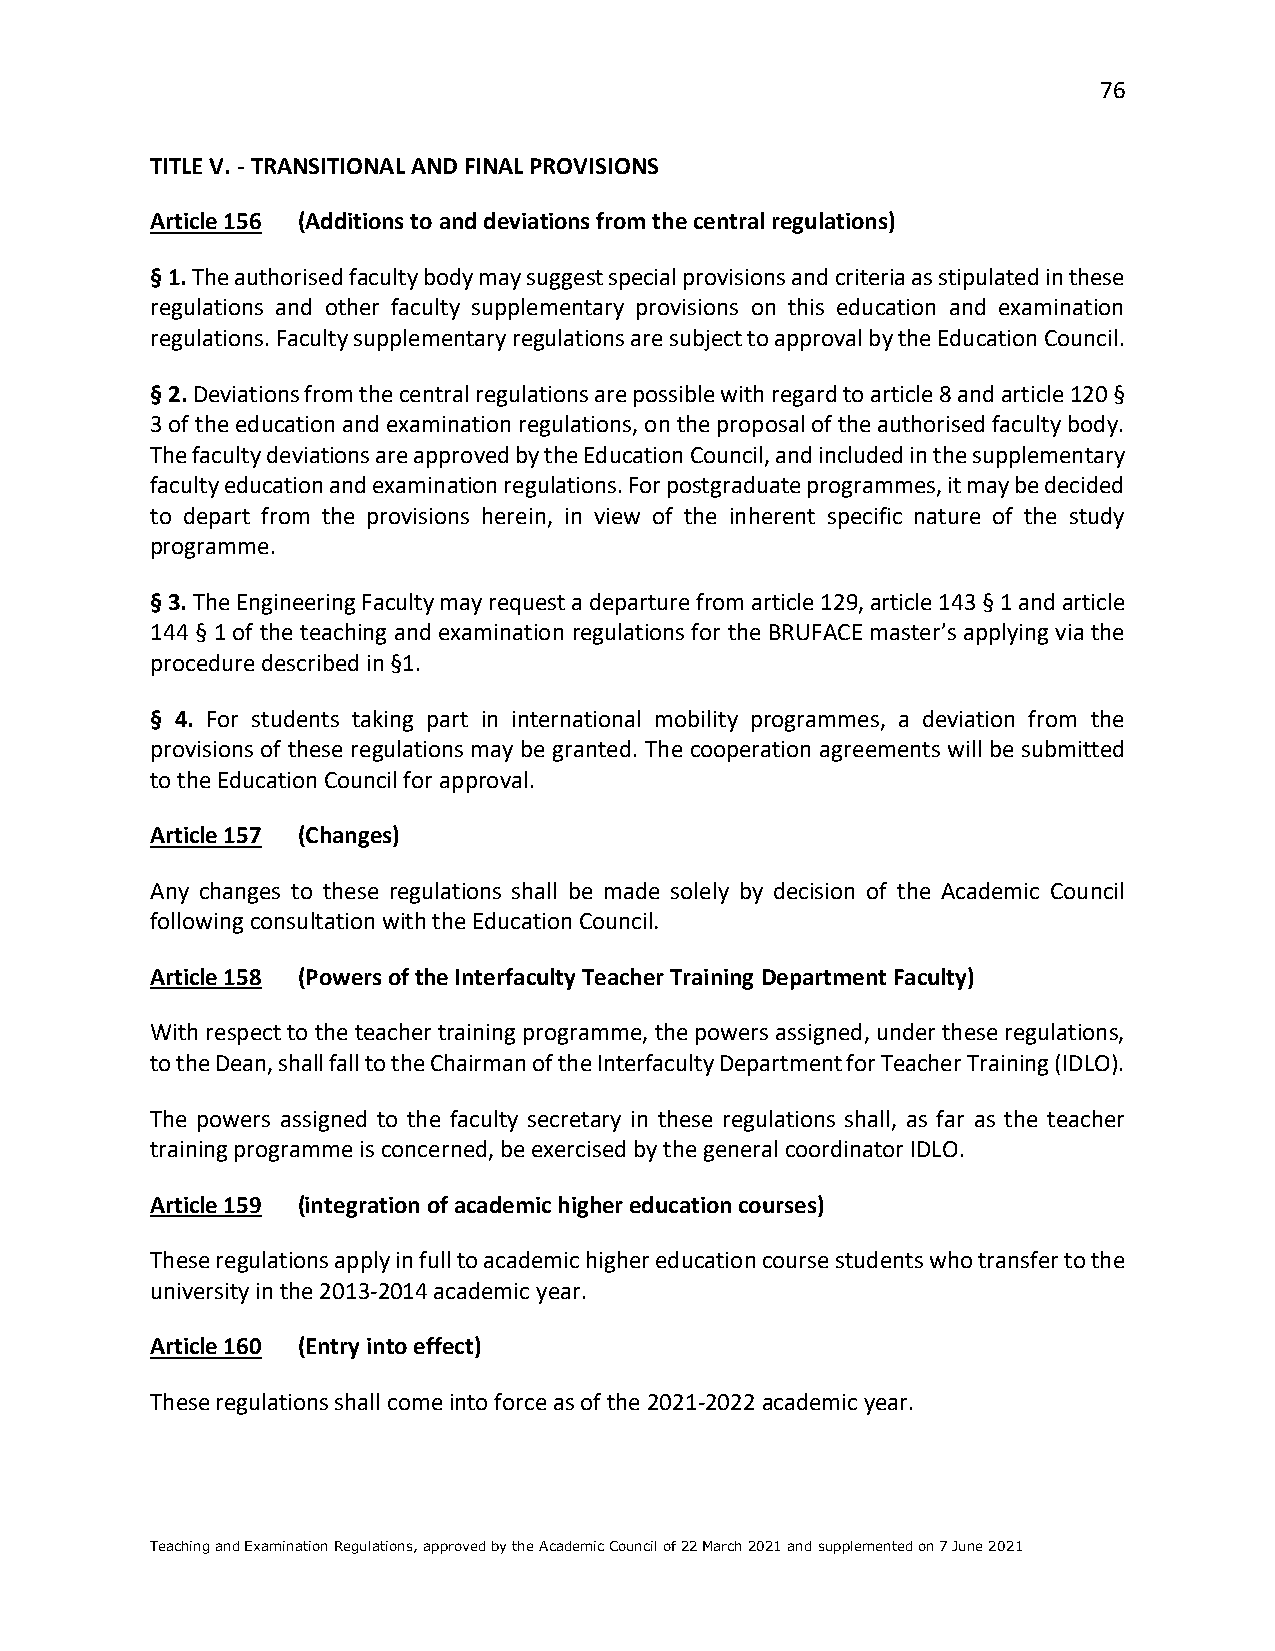
76
 TITLE V. - TRANSITIONAL AND FINAL PROVISIONS
 Article 156 (Additions to and deviations from the central regulations)
 § 1. The authorised faculty body may suggest special provisions and criteria as stipulated in these
 regulations and other faculty supplementary provisions on this education and examination
 regulations. Faculty supplementary regulations are subject to approval by the Education Council.
 § 2. Deviations from the central regulations are possible with regard to article 8 and article 120 §
 3 of the education and examination regulations, on the proposal of the authorised faculty body.
 The faculty deviations are approved by the Education Council, and included in the supplementary
 faculty education and examination regulations. For postgraduate programmes, it may be decided
 to depart from the provisions herein, in view of the inherent specific nature of the study
 programme.
 § 3. The Engineering Faculty may request a departure from article 129, article 143 § 1 and article
 144 § 1 of the teaching and examination regulations for the BRUFACE master’s applying via the
 procedure described in §1.
 § 4. For students taking part in international mobility programmes, a deviation from the
 provisions of these regulations may be granted. The cooperation agreements will be submitted
 to the Education Council for approval.
 Article 157 (Changes)
 Any changes to these regulations shall be made solely by decision of the Academic Council
 following consultation with the Education Council.
 Article 158 (Powers of the Interfaculty Teacher Training Department Faculty)
 With respect to the teacher training programme, the powers assigned, under these regulations,
 to the Dean, shall fall to the Chairman of the Interfaculty Department for Teacher Training (IDLO).
 The powers assigned to the faculty secretary in these regulations shall, as far as the teacher
 training programme is concerned, be exercised by the general coordinator IDLO.
 Article 159 (integration of academic higher education courses)
 These regulations apply in full to academic higher education course students who transfer to the
 university in the 2013-2014 academic year.
 Article 160 (Entry into effect)
 These regulations shall come into force as of the 2021-2022 academic year.
 Teaching and Examination Regulations, approved by the Academic Council of 22 March 2021 and supplemented on 7 June 2021